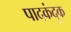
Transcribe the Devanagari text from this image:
पादकंदुक